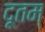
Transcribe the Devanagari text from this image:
दूतम्